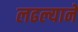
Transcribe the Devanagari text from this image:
लढल्याने